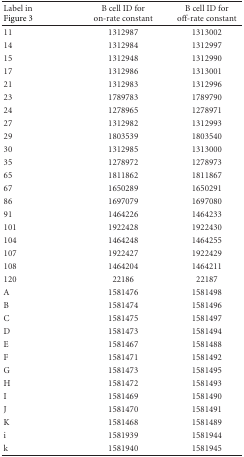
<table><thead><tr><td><b> Label in Figure 3</b></td><td><b> B cell ID for on-rate constant </b></td><td><b> B cell ID for off-rate constant </b></td></tr></thead><tbody><tr><td> 11 </td><td> 1312987 </td><td> 1313002 </td></tr><tr><td> 14 </td><td> 1312984 </td><td> 1312997 </td></tr><tr><td> 15 </td><td> 1312948 </td><td> 1312990 </td></tr><tr><td> 17 </td><td> 1312986 </td><td> 1313001 </td></tr><tr><td> 21 </td><td> 1312983 </td><td> 1312996 </td></tr><tr><td> 23 </td><td> 1789783 </td><td> 1789790 </td></tr><tr><td> 24 </td><td> 1278965 </td><td> 1278971 </td></tr><tr><td> 27 </td><td> 1312982 </td><td> 1312993 </td></tr><tr><td> 29 </td><td> 1803539 </td><td> 1803540 </td></tr><tr><td> 30 </td><td> 1312985 </td><td> 1313000 </td></tr><tr><td> 35 </td><td> 1278972 </td><td> 1278973 </td></tr><tr><td> 65 </td><td> 1811862 </td><td> 1811867 </td></tr><tr><td> 67 </td><td> 1650289 </td><td> 1650291 </td></tr><tr><td> 86 </td><td> 1697079 </td><td> 1697080 </td></tr><tr><td> 91 </td><td> 1464226 </td><td> 1464233 </td></tr><tr><td> 101 </td><td> 1922428 </td><td> 1922430 </td></tr><tr><td> 104 </td><td> 1464248 </td><td> 1464255 </td></tr><tr><td> 107 </td><td> 1922427 </td><td> 1922429 </td></tr><tr><td> 108 </td><td> 1464204 </td><td> 1464211 </td></tr><tr><td> 120 </td><td> 22186 </td><td> 22187 </td></tr><tr><td> A </td><td> 1581476 </td><td> 1581498 </td></tr><tr><td> B </td><td> 1581474 </td><td> 1581496 </td></tr><tr><td> C </td><td> 1581475 </td><td> 1581497 </td></tr><tr><td> D </td><td> 1581473 </td><td> 1581494 </td></tr><tr><td> E </td><td> 1581467 </td><td> 1581488 </td></tr><tr><td> F </td><td> 1581471 </td><td> 1581492 </td></tr><tr><td> G </td><td> 1581473 </td><td> 1581495 </td></tr><tr><td> H </td><td> 1581472 </td><td> 1581493 </td></tr><tr><td> I </td><td> 1581469 </td><td> 1581490 </td></tr><tr><td> J </td><td> 1581470 </td><td> 1581491 </td></tr><tr><td> K </td><td> 1581468 </td><td> 1581489 </td></tr><tr><td> i </td><td> 1581939 </td><td> 1581944 </td></tr><tr><td> k </td><td> 1581940 </td><td> 1581945 </td></tr></tbody></table>